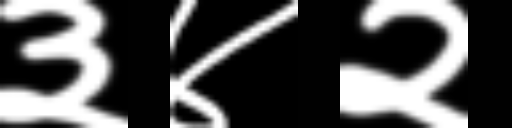
Text: ३४२